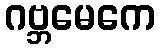
ဂဗ္ဘမေကေ